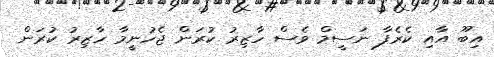
އިބޫ އާއި ކެރެފާ ނަސީމް ވެސް ހާޒިރު ކުރަން ޖެހުނީމާ ހާޒިރު ކުރަން